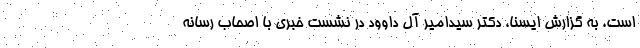
است. به گزارش ایسنا، دکتر سیدامیر آل داوود در نشست خبری با اصحاب رسانه